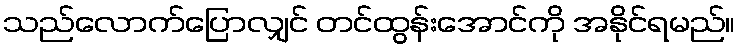
သည်လောက်ပြောလျှင် တင်ထွန်းအောင်ကို အနိုင်ရမည်။